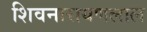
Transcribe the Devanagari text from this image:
शिवनारायणलाल